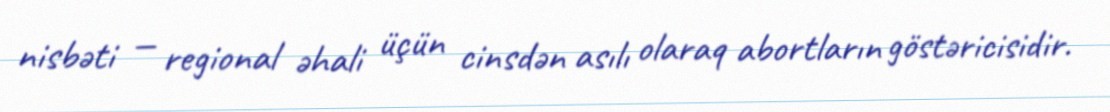
nisbəti — regional əhali üçün cinsdən asılı olaraq abortların göstəricisidir.